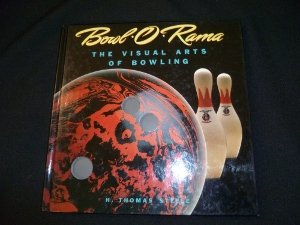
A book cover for Bowl-O-Rama: The Visual Arts of Bowling (Recollectibles); H. Thomas Steele; Sports & Outdoors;